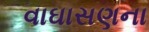
વાઘાસણના